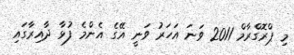
މި ޕްރޮގްރާމް 2011 ވަނަ އަހަރު ވަނީ އޭގެ އެންމެ ފުޅާ ދާއިރާގައި